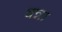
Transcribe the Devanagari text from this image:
वन्ना